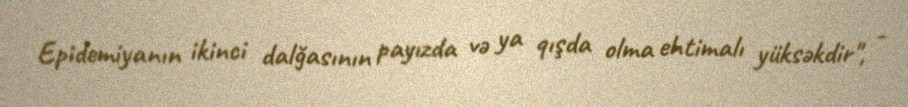
Epidemiyanın ikinci dalğasının payızda və ya qışda olma ehtimalı yüksəkdir", -